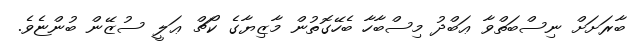
ބާރަަށަށް ނިސްބަތްވާ ޢަބްދު މިސްބާހާ ބެހޭގޮތުން މާޒިޔާގެ ކޯޗް ޢަލީ ސުޒޭން ބުންޏެވެ.